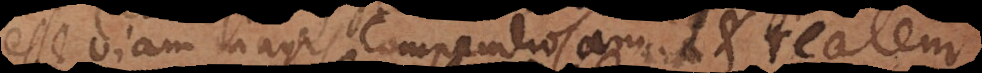
esse viam magis compendiosam et realem